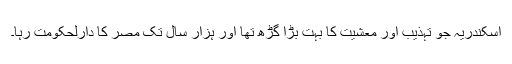
اسکندریہ جو تہذیب اور معشیت کا بہت بڑا گڑھ تھا اور ہزار سال تک مصر کا دارلحکومت رہا۔